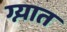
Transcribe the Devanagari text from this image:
ग्न्यात